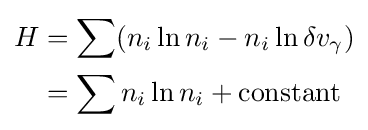
{\begin{aligned}H&=\sum (n_{i}\ln n_{i}-n_{i}\ln \delta v_{\gamma })\\&=\sum n_{i}\ln n_{i}+{\text{constant}}\end{aligned}}